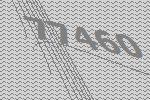
77460